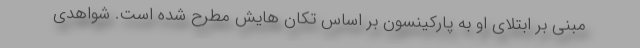
مبنی بر ابتلای او به پارکینسون بر اساس تکان هایش مطرح شده است. شواهدی